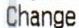
CHANGE